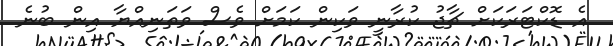
އެ ޑޮކްޓަރަކަށް ޗާޖު ކުރާނީ ވަކިން ކަމަށް ވެސް ވަތަނިއްޔާ އިން ބުނެ